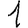
Digit: 1